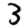
Digit: 3